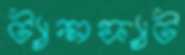
ট্যান্সফ্যাট